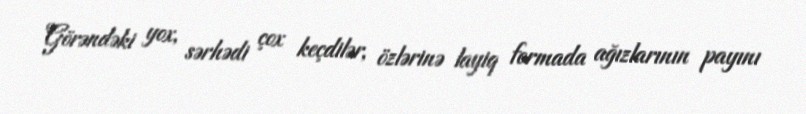
Görəndəki yox, sərhədi çox keçdilər, özlərinə layiq formada ağızlarının payını